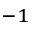
^ { - 1 }